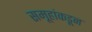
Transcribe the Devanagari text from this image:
समूहांकडून